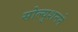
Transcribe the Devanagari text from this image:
सोल्युशनने